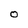
Character: O